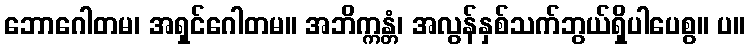
ဘောဂေါတမ၊ အရှင်ဂေါတမ။ အဘိက္ကန္တံ၊ အလွန်နှစ်သက်ဘွယ်ရှိပါပေစွ။ ပ။